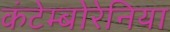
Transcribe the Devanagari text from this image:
कंटेम्बोरेनिया